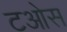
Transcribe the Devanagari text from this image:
टओस